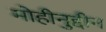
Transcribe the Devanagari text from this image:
मोहीनुद्दीन